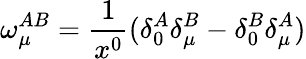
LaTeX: \omega_{\mu}^{AB}=\frac{1}{x^{0}}(\delta_{0}^{A}\delta_{\mu}^{B}-\delta_{0}^{B}\delta_{\mu}^{A})